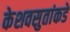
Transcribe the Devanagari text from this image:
केशवसुतांकडे